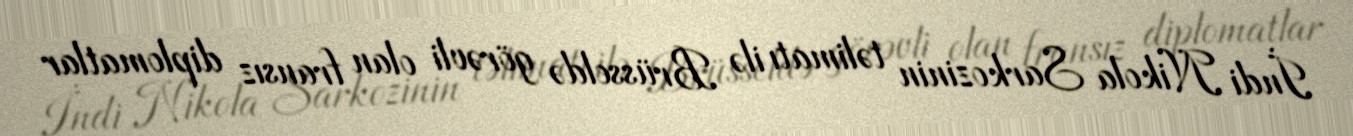
İndi Nikola Sarkozinin təlimatı ilə Brüsseldə görəvli olan fransız diplomatlar